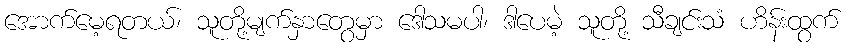
အောက်မေ့ရတယ်၊ သူတို့မျက်နှာတွေမှာ ဒေါသမပါ၊ ဒါပေမဲ့ သူတို့ သီချင်းသံ ဟိန်းထွက်